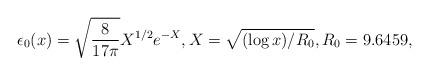
LaTeX: \begin{align*}\epsilon_{0}(x) = \sqrt{\frac{8}{17 \pi}} X^{1/2}e^{-X}, X = \sqrt{(\log x)/R_{0}}, R_{0}= 9.6459, \end{align*}